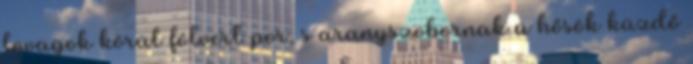
lovagok körül fölvert por, s aranyszobornak a hősök küzdő